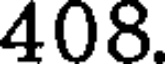
408.